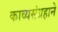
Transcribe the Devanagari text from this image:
काव्यसंग्रहाने